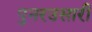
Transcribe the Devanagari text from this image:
पुनरउसारी